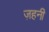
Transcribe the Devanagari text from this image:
ज़हनी